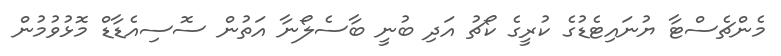
މެންޗެސްޓާ ޔުނައިޓެޑުގެ ކުރީގެ ކޯޗު އަދި ބުނީ ބާސެލޯނާ އަތުން ސޮސިއެޑާޑް މޮޅުވުމުން